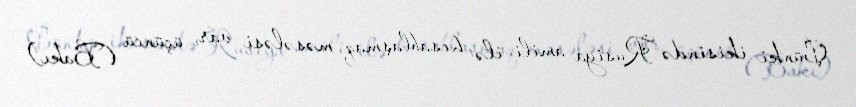
Çünki ikisində Rusiya amili ilə hesablaşmaq məsələsi var, üçüncü (Bakı)